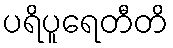
ပရိပူရေတီတိ